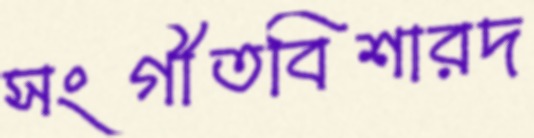
সংগীতবিশারদ